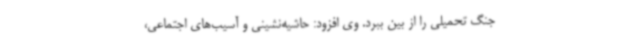
جنگ تحمیلی را از بین ببرد. وی افزود: حاشیه‌نشینی و آسیب‌های اجتماعی،